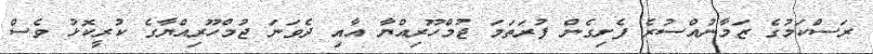
ރަސްކަމުގެ ޒަމާނުއްސުރެ ފެށިގެން ފުރަތަމަ ޖުމްހޫރިއްޔާ އާއި ދެވަނަ ޖުމްހޫރިއްޔާގެ ކުރީކޮޅު ވެސް